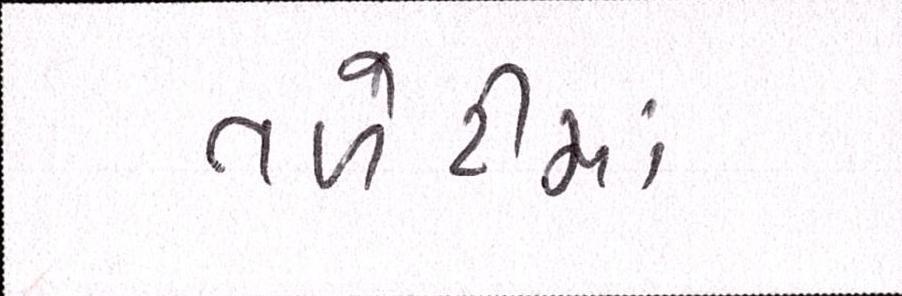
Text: તળેટીમાં